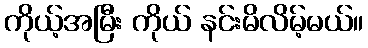
ကိုယ့်အမြီး ကိုယ် နင်းမိလိမ့်မယ်။